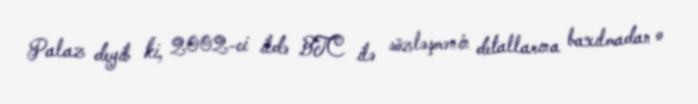
Palaz deyib ki, 2002-ci ildə BTC ilə sözləşmənin detallarına baxılmadan o